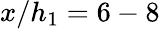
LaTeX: x/h_{1}=6-8